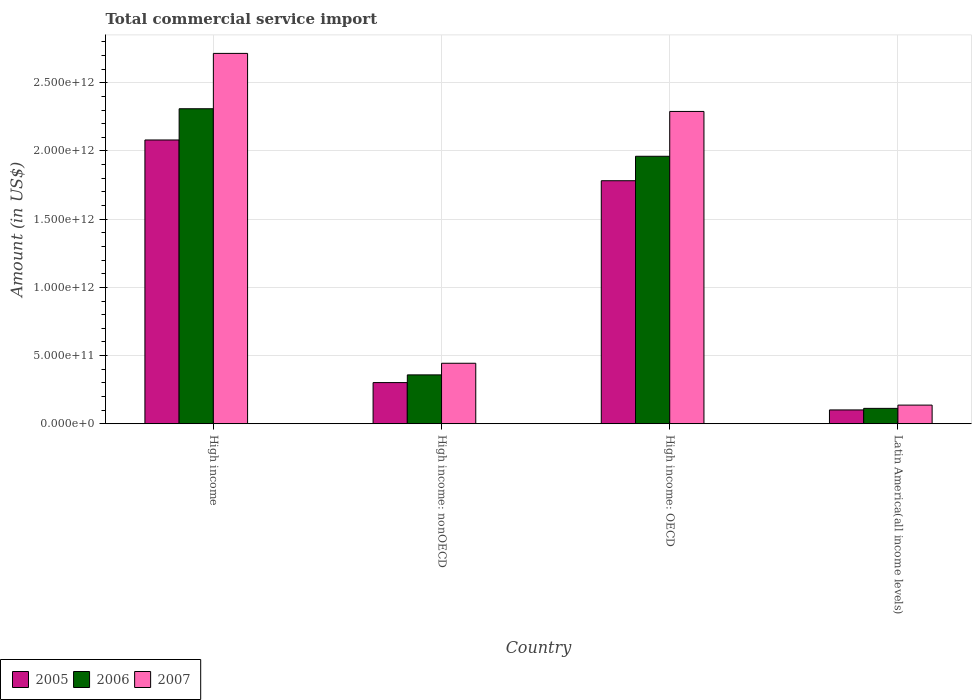
| Country | 2005 | 2006 | 2007 |
 | --- | --- | --- | --- |
 | High income | 2.08e+12 | 2.31e+12 | 2.72e+12 |
 | High income: nonOECD | 3.02e+11 | 3.58e+11 | 4.44e+11 |
 | High income: OECD | 1.78e+12 | 1.96e+12 | 2.29e+12 |
 | Latin America(all income levels) | 1.01e+11 | 1.13e+11 | 1.37e+11 |